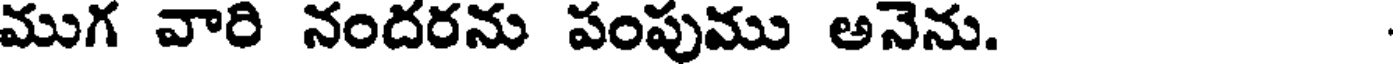
ముగ వారి నందరను పంపుము అనెను.